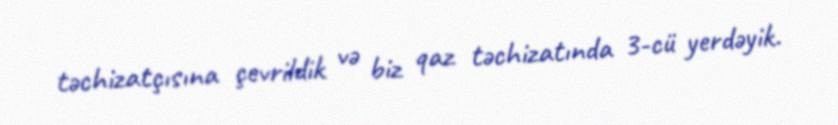
təchizatçısına çevrildik və biz qaz təchizatında 3-cü yerdəyik.